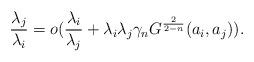
LaTeX: \begin{align*}\frac{\lambda_{j}}{\lambda_{i}}=o(\frac{\lambda_{i}}{\lambda_{j}}+\lambda_{i}\lambda_{j}\gamma_{n}G^{\frac{2}{2-n}}(a_{i},a_{j})).\end{align*}